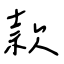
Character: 款